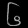
Digit: ၆